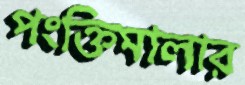
পংক্তিমালার